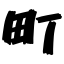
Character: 町